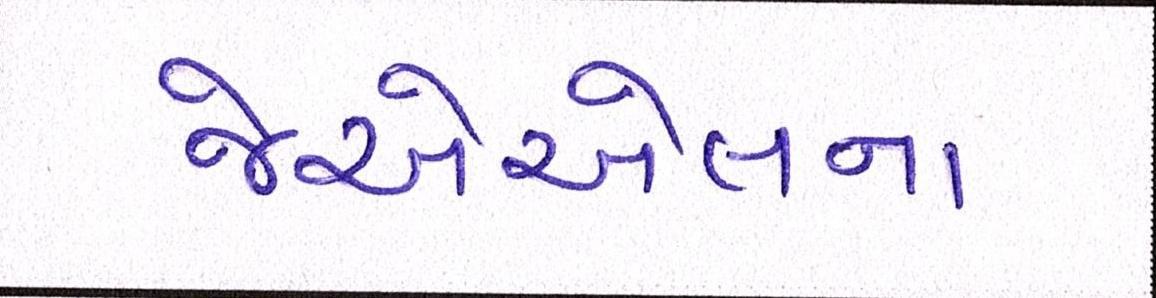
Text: જેએએલના